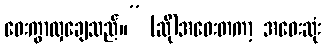
ဝေးကွာလှချေသည်။” (ဆို)အဝေးတကာ့ အဝေးဆုံး